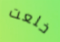
خلعت